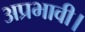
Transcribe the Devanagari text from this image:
अप्रभावी।